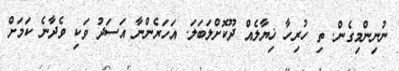
ނުނިންމިގެން. ތި ހުރިހާ ޚިޔާލެއް ދޫކޮށްލަބަލަ. އަހަރެންނާ އަސަދު ވަކި ވެދާނެ ކަމަށް